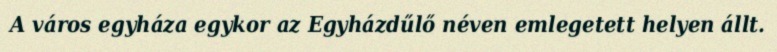
A város egyháza egykor az Egyházdűlő néven emlegetett helyen állt.